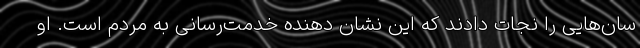
سان‌هایی را نجات دادند که این نشان دهنده خدمت‌رسانی به مردم است. او